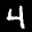
Label: 4